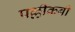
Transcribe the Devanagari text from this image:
पल्लीकबी